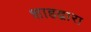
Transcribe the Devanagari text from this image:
शाहद्वारा